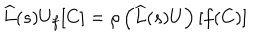
\widehat { { L } } ( s ) U _ { f } [ C ] = \rho \left( \widehat { { L } } ( s ) U \right) [ f ( C ) ]